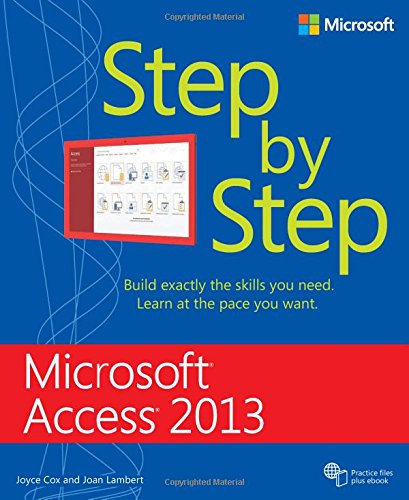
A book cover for Microsoft Access 2013 Step by Step; Joan Lambert; Computers & Technology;